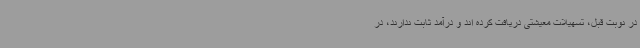
در نوبت قبل، تسهیلات معیشتی دریافت کرده اند و درآمد ثابت ندارند، در